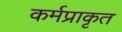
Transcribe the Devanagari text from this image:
कर्मप्राकृत